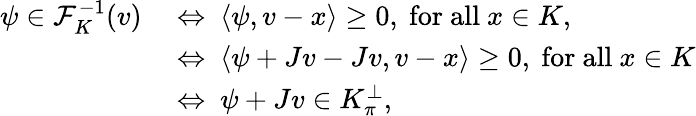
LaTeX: \begin{array}{rl}{\psi\in\mathcal{F}_{K}^{-1}(v)\ }&{\Leftrightarrow\ \langle\psi,v-x\rangle\geq 0,\ \mathrm{for~all}\ x\in K,}\\ &{\Leftrightarrow\ \langle\psi+Jv-Jv,v-x\rangle\geq 0,\ \mathrm{for~all}\ x\in K}\\ &{\Leftrightarrow\ \psi+Jv\in K_{\pi}^{\perp},}\end{array}